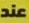
عند